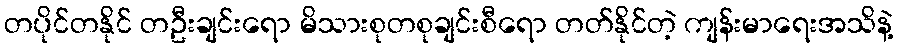
တပိုင်တနိုင် တဦးချင်းရော မိသားစုတစုချင်းစီရော တတ်နိုင်တဲ့ ကျန်းမာရေးအသိနဲ့